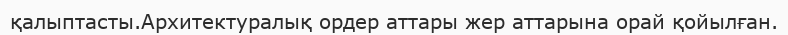
қалыптасты.Архитектуралық ордер аттары жер аттарына орай қойылған.